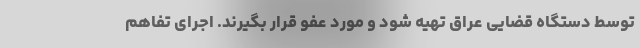
توسط دستگاه قضایی عراق تهیه شود و مورد عفو قرار بگیرند. اجرای تفاهم